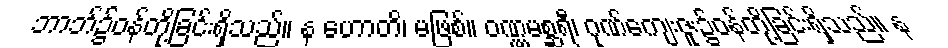
ဘာဘ်၌ဝန်တို့ခြင်းရှိသည်။ န ဟောတိ၊ မဖြစ်။ ဝဏ္ဏမစ္ဆရီ၊ ဂုဏ်ကျေးဇူး၌ဝန်တို့ခြင်းရှိသည်။ န